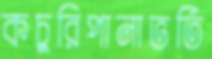
কচুরিপানাভর্তি